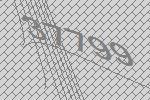
37799